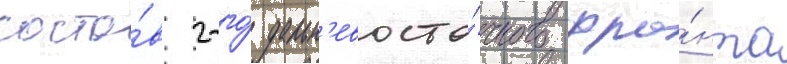
соста́в 2-го́ дальн'евосто́чного фро́нта